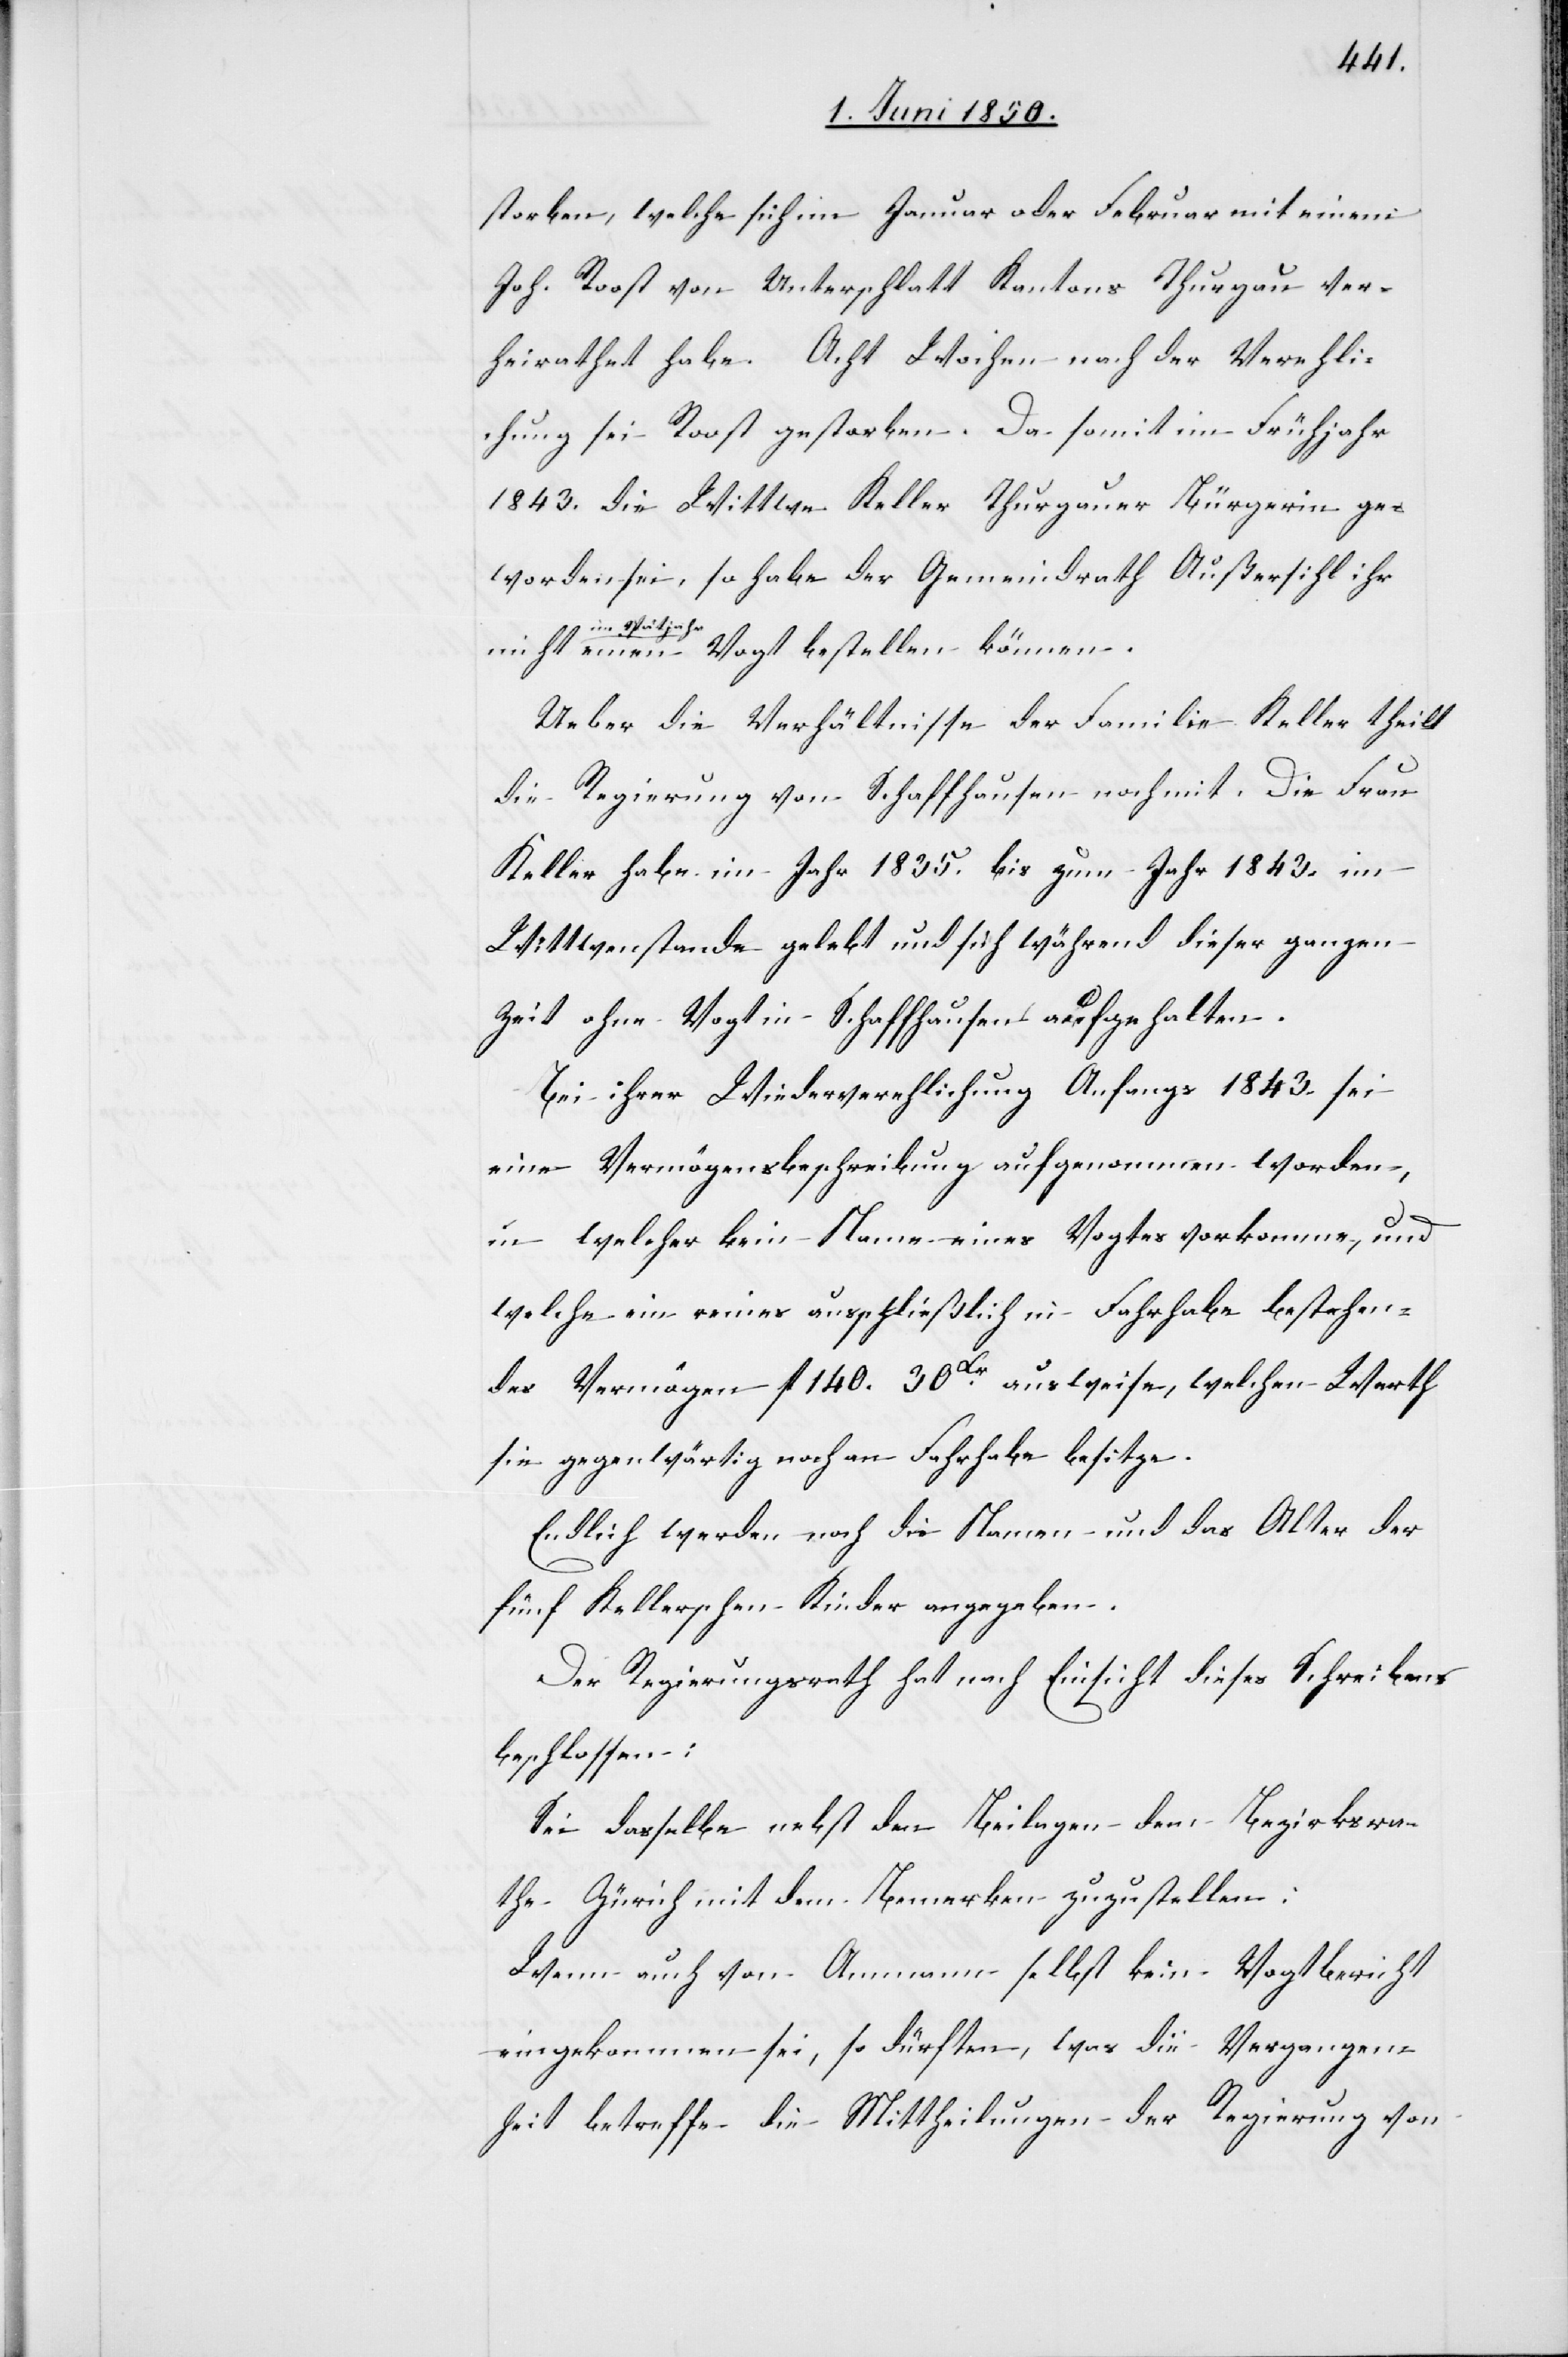
storben, welche sich im Januar oder Februar mit einem
Joh. Roost von Unterschlatt Kantons Thurgau ver¬
heirathet habe. Acht Wochen nach der Verehli¬
chung sei Roost gestorben. Da somit im Frühjahr
1843. die Wittwe Keller Thurgauer Bürgerin ge¬
worden sei, so habe der Gemeindrath Außersihl ihr
nicht im Spätja¬
hr einen Vogt bestellen können.
Ueber die Verhältnisse der Familie Keller theilt
die Regierung von Schaffhausen noch mit. Die Frau
Keller habe im Jahr 1835. bis zum Jahr 1843. im
Wittwenstande gelebt und sich während dieser ganzen
Zeit ohne Vogt in Schaffhausen aufgehalten.
Bei ihrer Wiederverehlichung Anfangs 1843. sei
eine Vermögensbeschreibung aufgenommen worden,
in welcher kein Name eines Vogtes vorkomme, und
welche ein reines ausschließlich in Fahrhabe bestehen¬
des Vermögen fl 140. 30Xr ausweise, welchen Werth
sie gegenwärtig noch an Fahrhabe besitze.
Endlich werden noch die Namen und das Alter der
fünf Kellerschen Kinder angegeben.
Der Regierungsrath hat nach Einsicht dieses Schreibens
beschlossen:
Sei dasselbe nebst den Beilagen dem Bezirksra¬
the Zürich mit dem Bemerken zuzustellen:
Wenn auch von Ammann selbst kein Vogtbericht
eingekommen sei, so dürften, was die Vergangen¬
heit betreffe die Mittheilungen der Regierung von